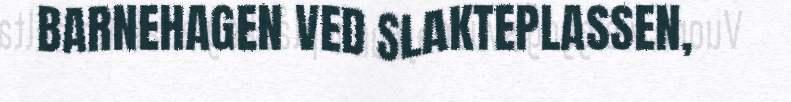
BARNEHAGEN VED SLAKTEPLASSEN,